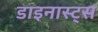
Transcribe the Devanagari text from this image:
डाइनास्ट्स